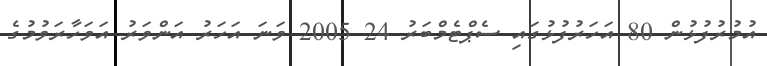
އުމުރުފުޅުން 80 އަހަރުފުޅުގައި ސެޕްޓެމްބަރު 24 2005 ވަނަ އަހަރު އަންވަރު އަވަހާރަވުމުގެ